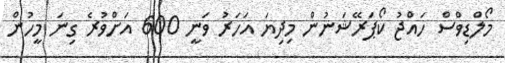
މޯލްޑިވްސް ހައްޖު ކޯޕަރޭޝަނުން މިދިޔަ އަހަރު ވަނީ 600 އަށްވުރެ ގިނަ މީހުން